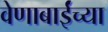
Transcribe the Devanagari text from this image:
वेणाबाईंच्या